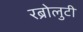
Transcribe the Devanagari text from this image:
रब्रोलुटी